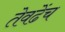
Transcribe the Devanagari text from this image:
तेवढेंच